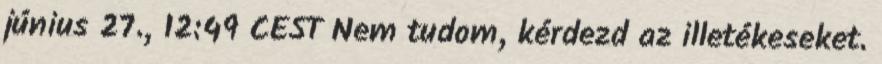
június 27., 12:49 CEST Nem tudom, kérdezd az illetékeseket.